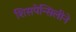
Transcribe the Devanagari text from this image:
शिसपेन्सिलीने